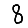
Digit: 8